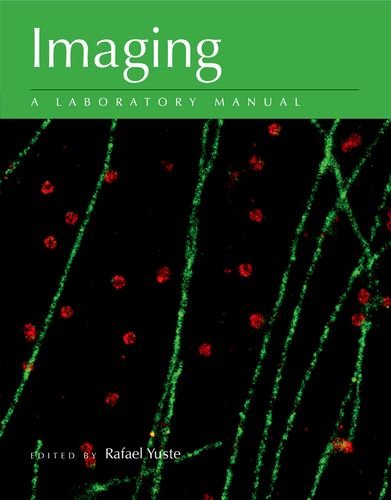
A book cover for Imaging: A Laboratory Manual; Science & Math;